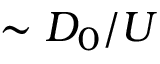
\sim D _ { 0 } / U